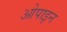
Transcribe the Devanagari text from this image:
ओपाइन